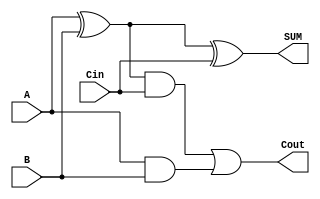
// Mark Mitri & Ryan Forelli
// 9/6/2021
// ECE 128
// Lab 2 Part 3

`timescale 1ns / 1ps

module full_adder(input A, B, Cin, output SUM, Cout);
    wire wire1, wire2, wire3, wire4;
    xor x1(wire1, A, B);
    and a1(wire3, wire1, Cin);
    and a2(wire4, A, B);
    or o1(Cout, wire3, wire4);
    xor x2(SUM, wire1, Cin);
endmodule

module ripple_adder_4bit(input[3:0] num1, num2, output[4:0] result);
    wire carry1, carry2, carry3;full_adder bit0(num1[0], num2[0], 1'b0, result[0], carry1);
    full_adder bit1(num1[1], num2[1], carry1, result[1], carry2);
    full_adder bit2(num1[2], num2[2], carry2, result[2], carry3);
    full_adder bit3(num1[3], num2[3], carry3, result[3], result[4]);
endmodule